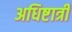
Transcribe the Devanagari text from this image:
अधिष्टात्री